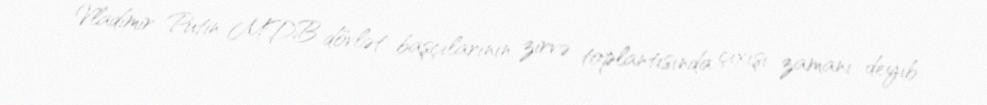
Vladimir Putin MDB dövlət başçılarının zirvə toplantısında çıxışı zamanı deyib.